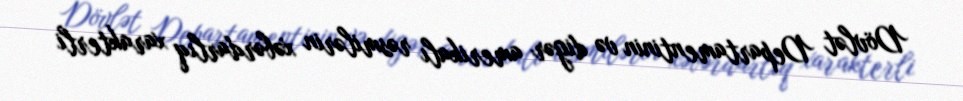
Dövlət Departamentinin və digər amerikalı rəsmilərin xəbərdarlıq xarakterli